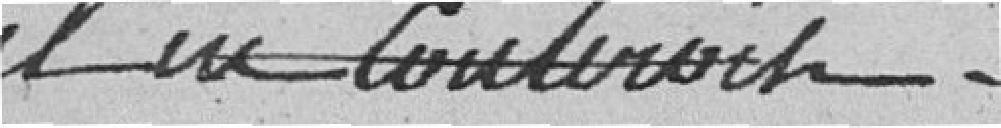
il en coûterait